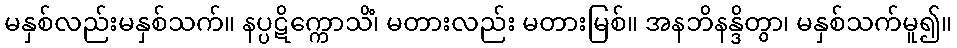
မနှစ်လည်းမနှစ်သက်။ နပ္ပဋိက္ကောသိံ၊ မတားလည်း မတားမြစ်။ အနဘိနန္ဒိတွာ၊ မနှစ်သက်မူ၍။